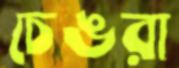
চেঙরা